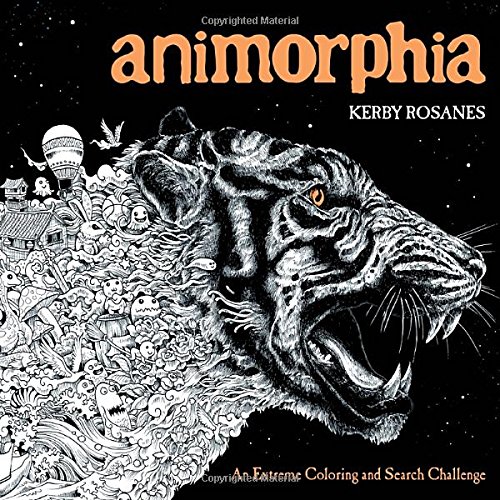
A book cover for Animorphia: An Extreme Coloring and Search Challenge; Kerby Rosanes; Humor & Entertainment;